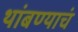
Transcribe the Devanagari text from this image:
थांबण्याचं